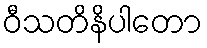
ဝီသတိနိပါတော